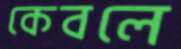
কেবলে